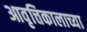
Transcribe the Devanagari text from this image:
आवृत्तिकालाच्या